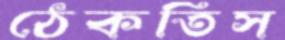
ঠেকতিস